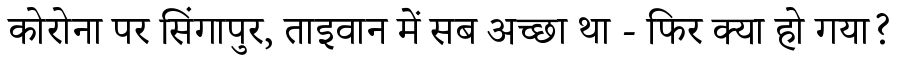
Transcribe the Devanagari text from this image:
कोरोना पर सिंगापुर, ताइवान में सब अच्छा था - फिर क्या हो गया?